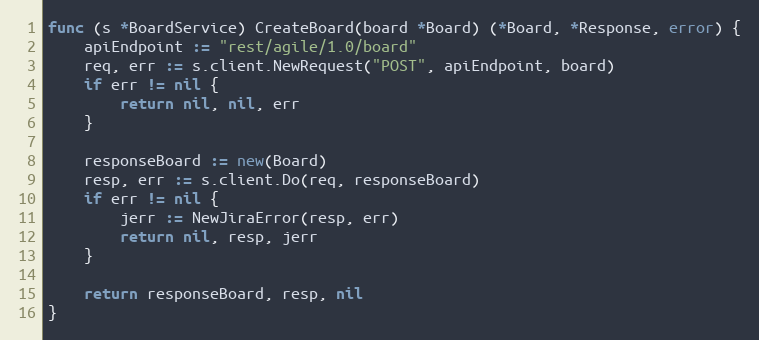
Language: Go
func (s *BoardService) CreateBoard(board *Board) (*Board, *Response, error) {
	apiEndpoint := "rest/agile/1.0/board"
	req, err := s.client.NewRequest("POST", apiEndpoint, board)
	if err != nil {
		return nil, nil, err
	}

	responseBoard := new(Board)
	resp, err := s.client.Do(req, responseBoard)
	if err != nil {
		jerr := NewJiraError(resp, err)
		return nil, resp, jerr
	}

	return responseBoard, resp, nil
}